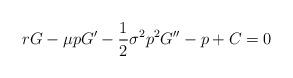
LaTeX: \begin{align*}rG-\mu p G'-\frac{1}{2}\sigma^2p^2G''-p+C=0\end{align*}